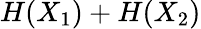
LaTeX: H(X_{1})+H(X_{2})